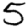
Digit: 5